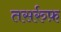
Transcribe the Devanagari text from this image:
तसर्रुफ़